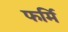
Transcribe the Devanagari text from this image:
फर्मि